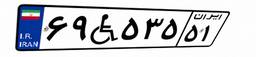
۳۸W۸۹۵۴۰